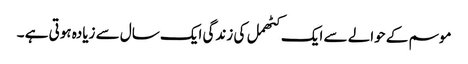
موسم کے حوالے سے ایک کٹھمل کی زندگی ایک سال سے زیادہ ہوتی ہے ۔